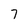
Character: 7